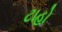
ટાહો